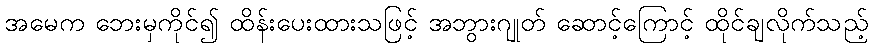
အမေက ဘေးမှကိုင်၍ ထိန်းပေးထားသဖြင့် အဘွားဂျုတ် ဆောင့်ကြောင့် ထိုင်ချလိုက်သည့်